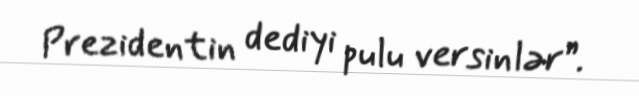
Prezidentin dediyi pulu versinlər”.